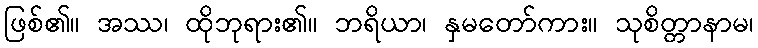
ဖြစ်၏။ အဿ၊ ထိုဘုရား၏။ ဘရိယာ၊ နှမတော်ကား။ သုစိတ္တာနာမ၊